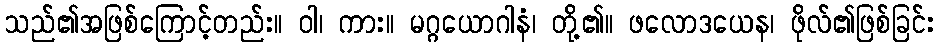
သည်၏အဖြစ်ကြောင့်တည်း။ ဝါ၊ ကား။ မဂ္ဂယောဂါနံ၊ တို့၏။ ဖလောဒယေန၊ ဖိုလ်၏ဖြစ်ခြင်း